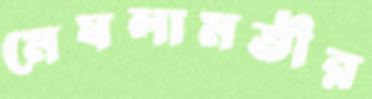
মেঘলামতীর